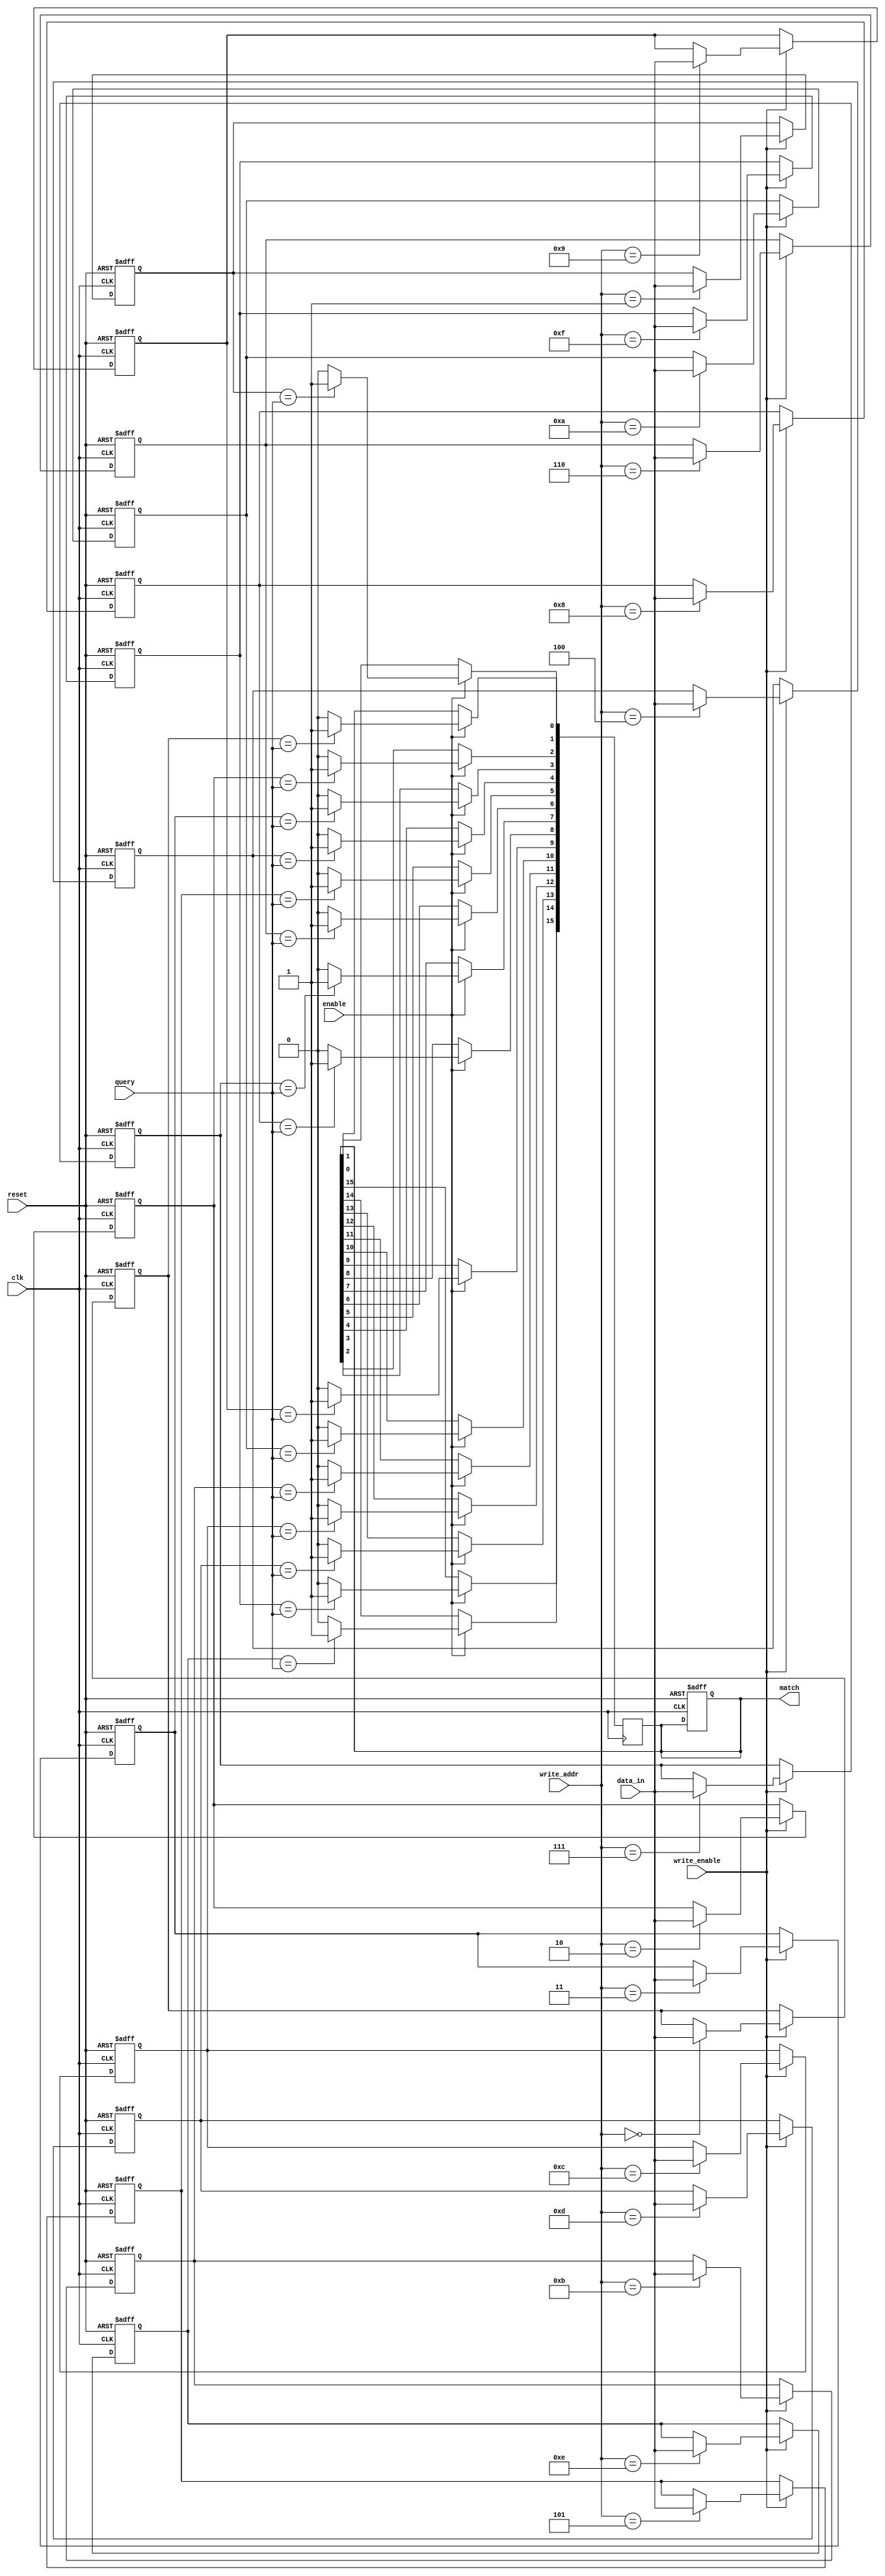
module MultimatchCAM #(
    parameter N = 16,         // Number of entries
    parameter M = 8           // Width of each entry in bits
)(
    input wire clk,           // Clock signal
    input wire reset,         // Reset signal
    input wire enable,        // Enable signal for the CAM
    input wire [M-1:0] query, // Input data for matching
    input wire write_enable,   // Write enable signal
    input wire [M-1:0] data_in, // Data to write into CAM
    input wire [$clog2(N)-1:0] write_addr, // Address for writing data
    output reg [N-1:0] match // Match output indicating matched indices
);

    // Memory array to store CAM entries
    reg [M-1:0] cam_memory [0:N-1];

    integer i;

    // Reset or write new data on rising edge of clock
    always @(posedge clk or posedge reset) begin
        if (reset) begin
            // Clear the CAM on reset
            for (i = 0; i < N; i = i + 1) begin
                cam_memory[i] <= {M{1'b0}};
            end
            match <= {N{1'b0}}; // Clear match output
        end else if (write_enable) begin
            // Write new data into CAM
            cam_memory[write_addr] <= data_in;
        end
    end

    // Match logic to find all matching entries
    always @(posedge clk) begin
        if (enable) begin
            match <= {N{1'b0}}; // Clear match output
            for (i = 0; i < N; i = i + 1) begin
                if (cam_memory[i] == query) begin
                    match[i] <= 1'b1; // Set match signal for matched entry
                end
            end
        end
    end

endmodule